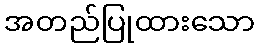
အတည်ပြုထားသော